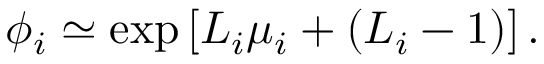
\phi _ { i } \simeq \exp \left[ L _ { i } \mu _ { i } + ( L _ { i } - 1 ) \right] .